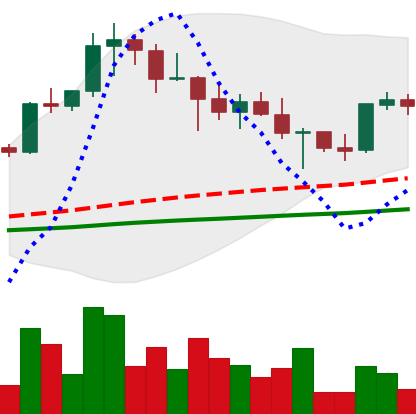
Ticker: XRP-USD
Chart end date: 2021-04-28
Forward return: 14.529%
Label: up_7plus